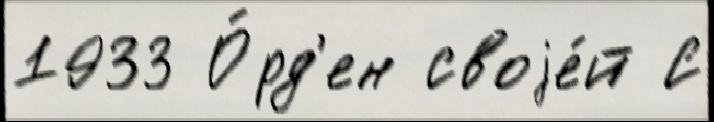
1933 О́рд'ен своjе́й С